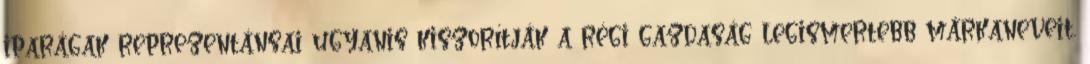
iparágak reprezentánsai ugyanis kiszorítják a régi gazdaság legismertebb márkaneveit.